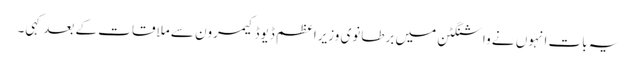
یہ بات انہوں نے واشنگٹن میں برطانوی وزیراعظم ڈیوڈ کیمرون سے ملاقات کے بعد کہی۔